65_HS1-834228961_62-HQ-83894_Section_10
Agency: FBI
Page 22
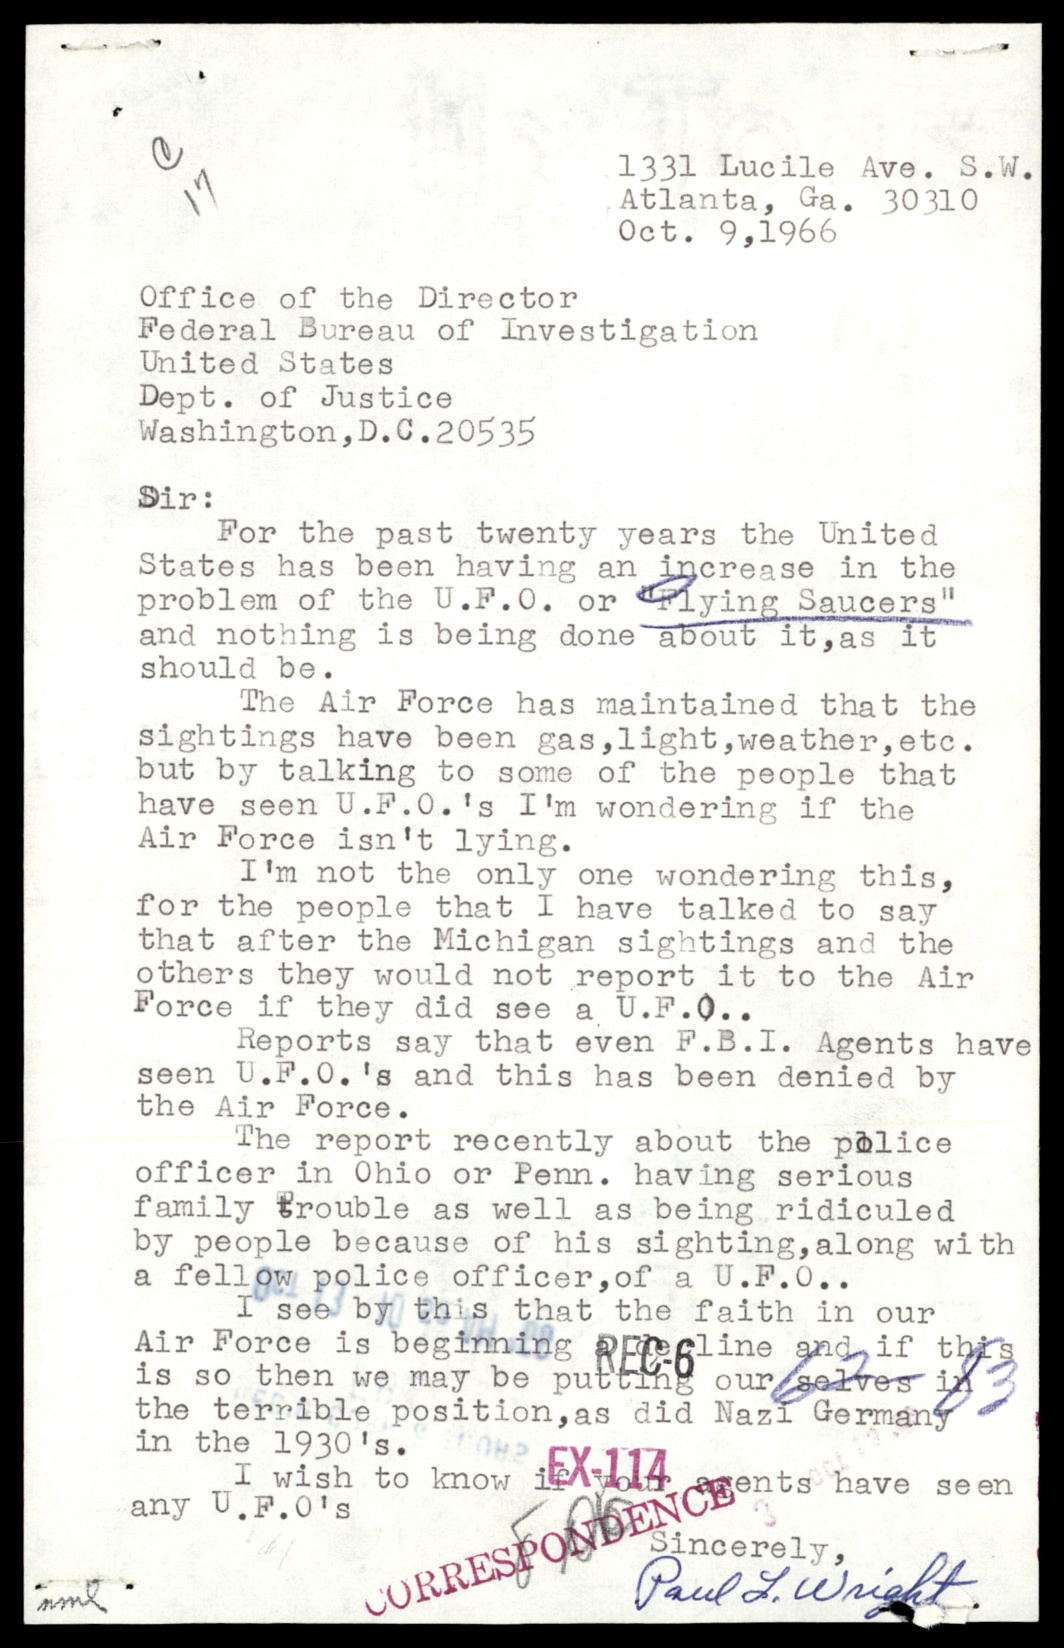